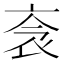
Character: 𧘭